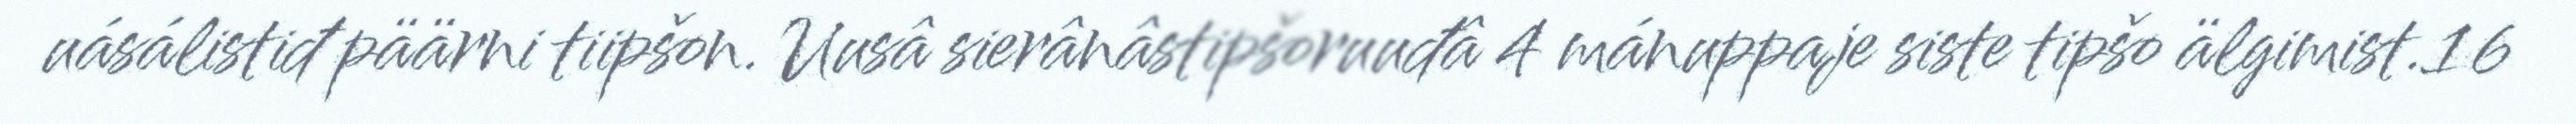
uásálistiđ päärni tiipšon. Uusâ sierânâstipšoruuđâ 4 mánuppaje siste tipšo älgimist.16